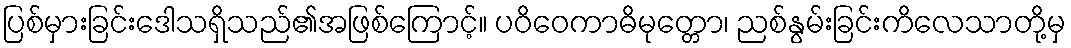
ပြစ်မှားခြင်းဒေါသရှိသည်၏အဖြစ်ကြောင့်။ ပဝိဝေကာဓိမုတ္တော၊ ညစ်နွမ်းခြင်းကိလေသာတို့မှ